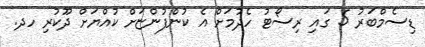
ޑިސެމްބަރު 5 ގައި ރިސޯޓު ހެދުމަށް އެ ކުންފުންޏަށް ކުއްޔަށް ދޫކުރި ހދ.